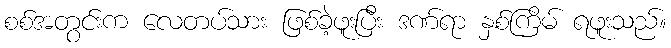
စစ်အတွင်းက လေတပ်သား ဖြစ်ခဲ့ဖူးပြီး ဒဏ်ရာ နှစ်ကြိမ် ရဖူးသည်။